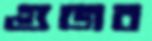
গুজব